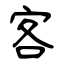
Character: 客